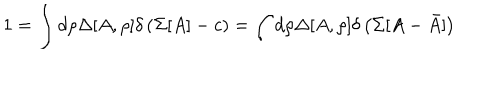
1 = \int d \rho \Delta [ A , \rho ] \delta \left( \Sigma [ A ] - c \right) = \int d \rho \Delta [ A , \rho ] \delta \left( \Sigma [ A - \bar { A } ] \right)